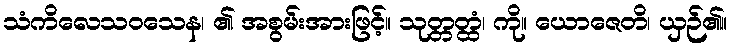
သံကိလေသဝသေန၊ ၏ အစွမ်းအားဖြင့်။ သုတ္တတ္ထံ၊ ကို။ ယောဇေတိ၊ ယှဉ်၏။